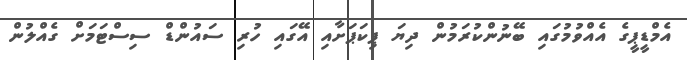
އެމްޑީޕީގެ އެއްވުމުގައި ބޭނުންކުރަމުން ދިޔަ ޕިކަޕަށާއި އޭގައި ހުރި ސައުންޑް ސިސްޓަމަށް ގެއްލުން